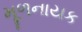
મૂળનાયક